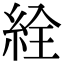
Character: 絟